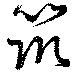
筑